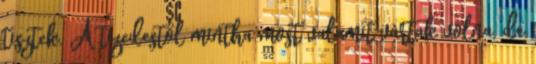
tisztek. A tizedestől mintha most valamit vártak volna, de